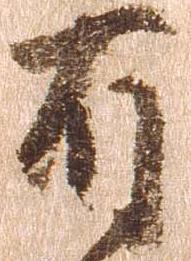
有